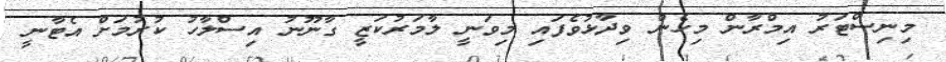
މިނިސްޓަރު އިމްރާން މިހެން ވިދާޅުވެފައި މިވަނީ ލާމަރުކަޒީ ގާނޫނު އިސްލާހު ކުރުމަށް އެޓާނީ